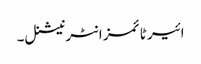
ائیر ٹائمز انٹرنیشنل۔